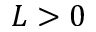
L > 0